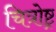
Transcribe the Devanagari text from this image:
चित्रोष्ट्र